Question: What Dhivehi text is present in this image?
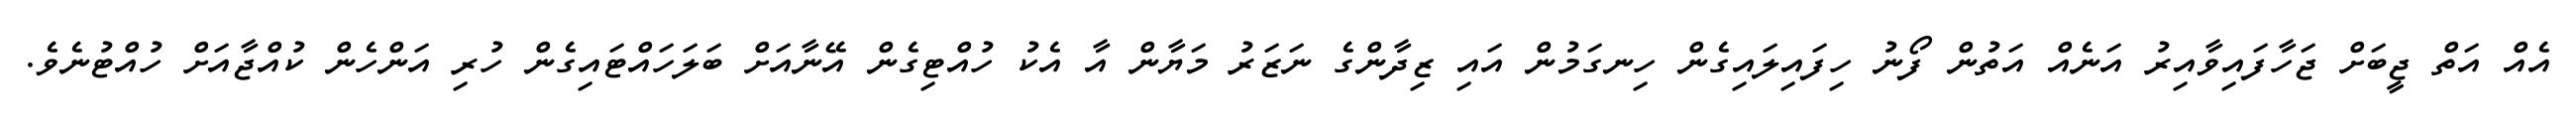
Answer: އެއް އަތް ޖީބަށް ޖަހާފައިވާއިރު އަނެއް އަތުން ފޯނު ހިފައިލައިގެން ހިނގަމުން އައި ޒިދާންގެ ނަޒަރު މަޔާން އާ އެކު ހުއްޓިގެން އޭނާއަށް ބަލަހައްޓައިގެން ހުރި އަންހެން ކުއްޖާއަށް ހުއްޓުނެވެ.